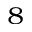
^ { 8 }